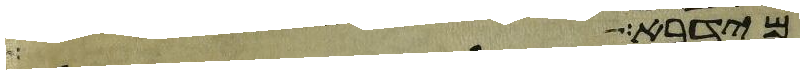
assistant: מידבא